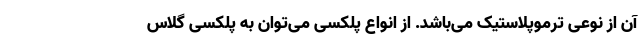
آن از نوعی ترموپلاستیک می‌باشد. از انواع پلکسی می‌توان به پلکسی گلاس